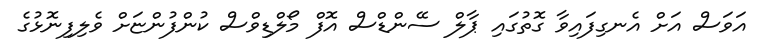
އަވަސް އަށް އެނގިފައިވާ ގޮތުގައި ޕާލް ސޭންޑްސް އޮފް މޯލްޑިވްސް ކުންފުންޏަށް ވެލިފިނޮޅުގެ